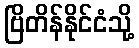
ဗြိတိန်နိုင်ငံသို့